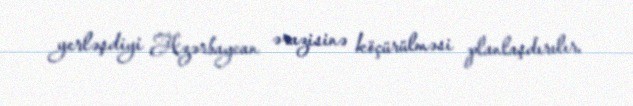
yerləşdiyi Azərbaycan ərazisinə köçürülməsi planlaşdırılır.